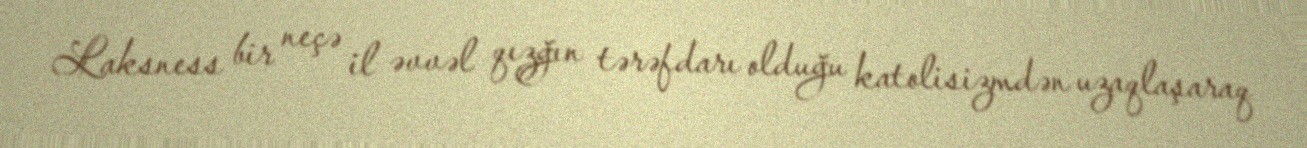
Laksness bir neçə il əvvəl qızğın tərəfdarı olduğu katolisizmdən uzaqlaşaraq